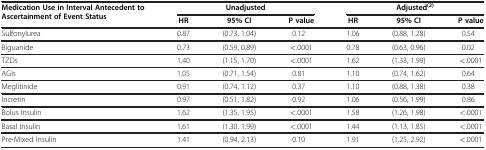
<table><thead><tr><td rowspan="2"><b>Medication Use in Interval Antecedent to Ascertainment of Event Status</b></td><td colspan="3"><b>Unadjusted</b></td><td colspan="3"><b>Adjusted<sup>(2)</sup></b></td></tr><tr><td><b>HR</b></td><td><b>95% CI</b></td><td><b>P value</b></td><td><b>HR</b></td><td><b>95% CI</b></td><td><b>P value</b></td></tr></thead><tbody><tr><td>Sulfonylurea</td><td>0.87</td><td>(0.73, 1.04)</td><td>0.12</td><td>1.06</td><td>(0.88, 1.28)</td><td>0.54</td></tr><tr><td>Biguanide</td><td>0.73</td><td>(0.59, 0.89)</td><td>&lt;.0001</td><td>0.78</td><td>(0.63, 0.96)</td><td>0.02</td></tr><tr><td>TZDs</td><td>1.40</td><td>(1.15, 1.70)</td><td>&lt;.0001</td><td>1.62</td><td>(1.33, 1.99)</td><td>&lt;.0001</td></tr><tr><td>AGIs</td><td>1.05</td><td>(0.71, 1.54)</td><td>0.81</td><td>1.10</td><td>(0.74, 1.62)</td><td>0.64</td></tr><tr><td>Meglitinide</td><td>0.91</td><td>(0.74, 1.12)</td><td>0.37</td><td>1.10</td><td>(0.88, 1.38)</td><td>0.38</td></tr><tr><td>Incretin</td><td>0.97</td><td>(0.51, 1.82)</td><td>0.92</td><td>1.06</td><td>(0.56, 1.99)</td><td>0.86</td></tr><tr><td>Bolus Insulin</td><td>1.62</td><td>(1.35, 1.95)</td><td>&lt;.0001</td><td>1.58</td><td>(1.26, 1.98)</td><td>&lt;.0001</td></tr><tr><td>Basal Insulin</td><td>1.61</td><td>(1.30, 1.99)</td><td>&lt;.0001</td><td>1.44</td><td>(1.13, 1.85)</td><td>&lt;.0001</td></tr><tr><td>Pre-Mixed Insulin</td><td>1.41</td><td>(0.94, 2.13)</td><td>0.10</td><td>1.91</td><td>(1.25, 2.92)</td><td>&lt;.0001</td></tr></tbody></table>